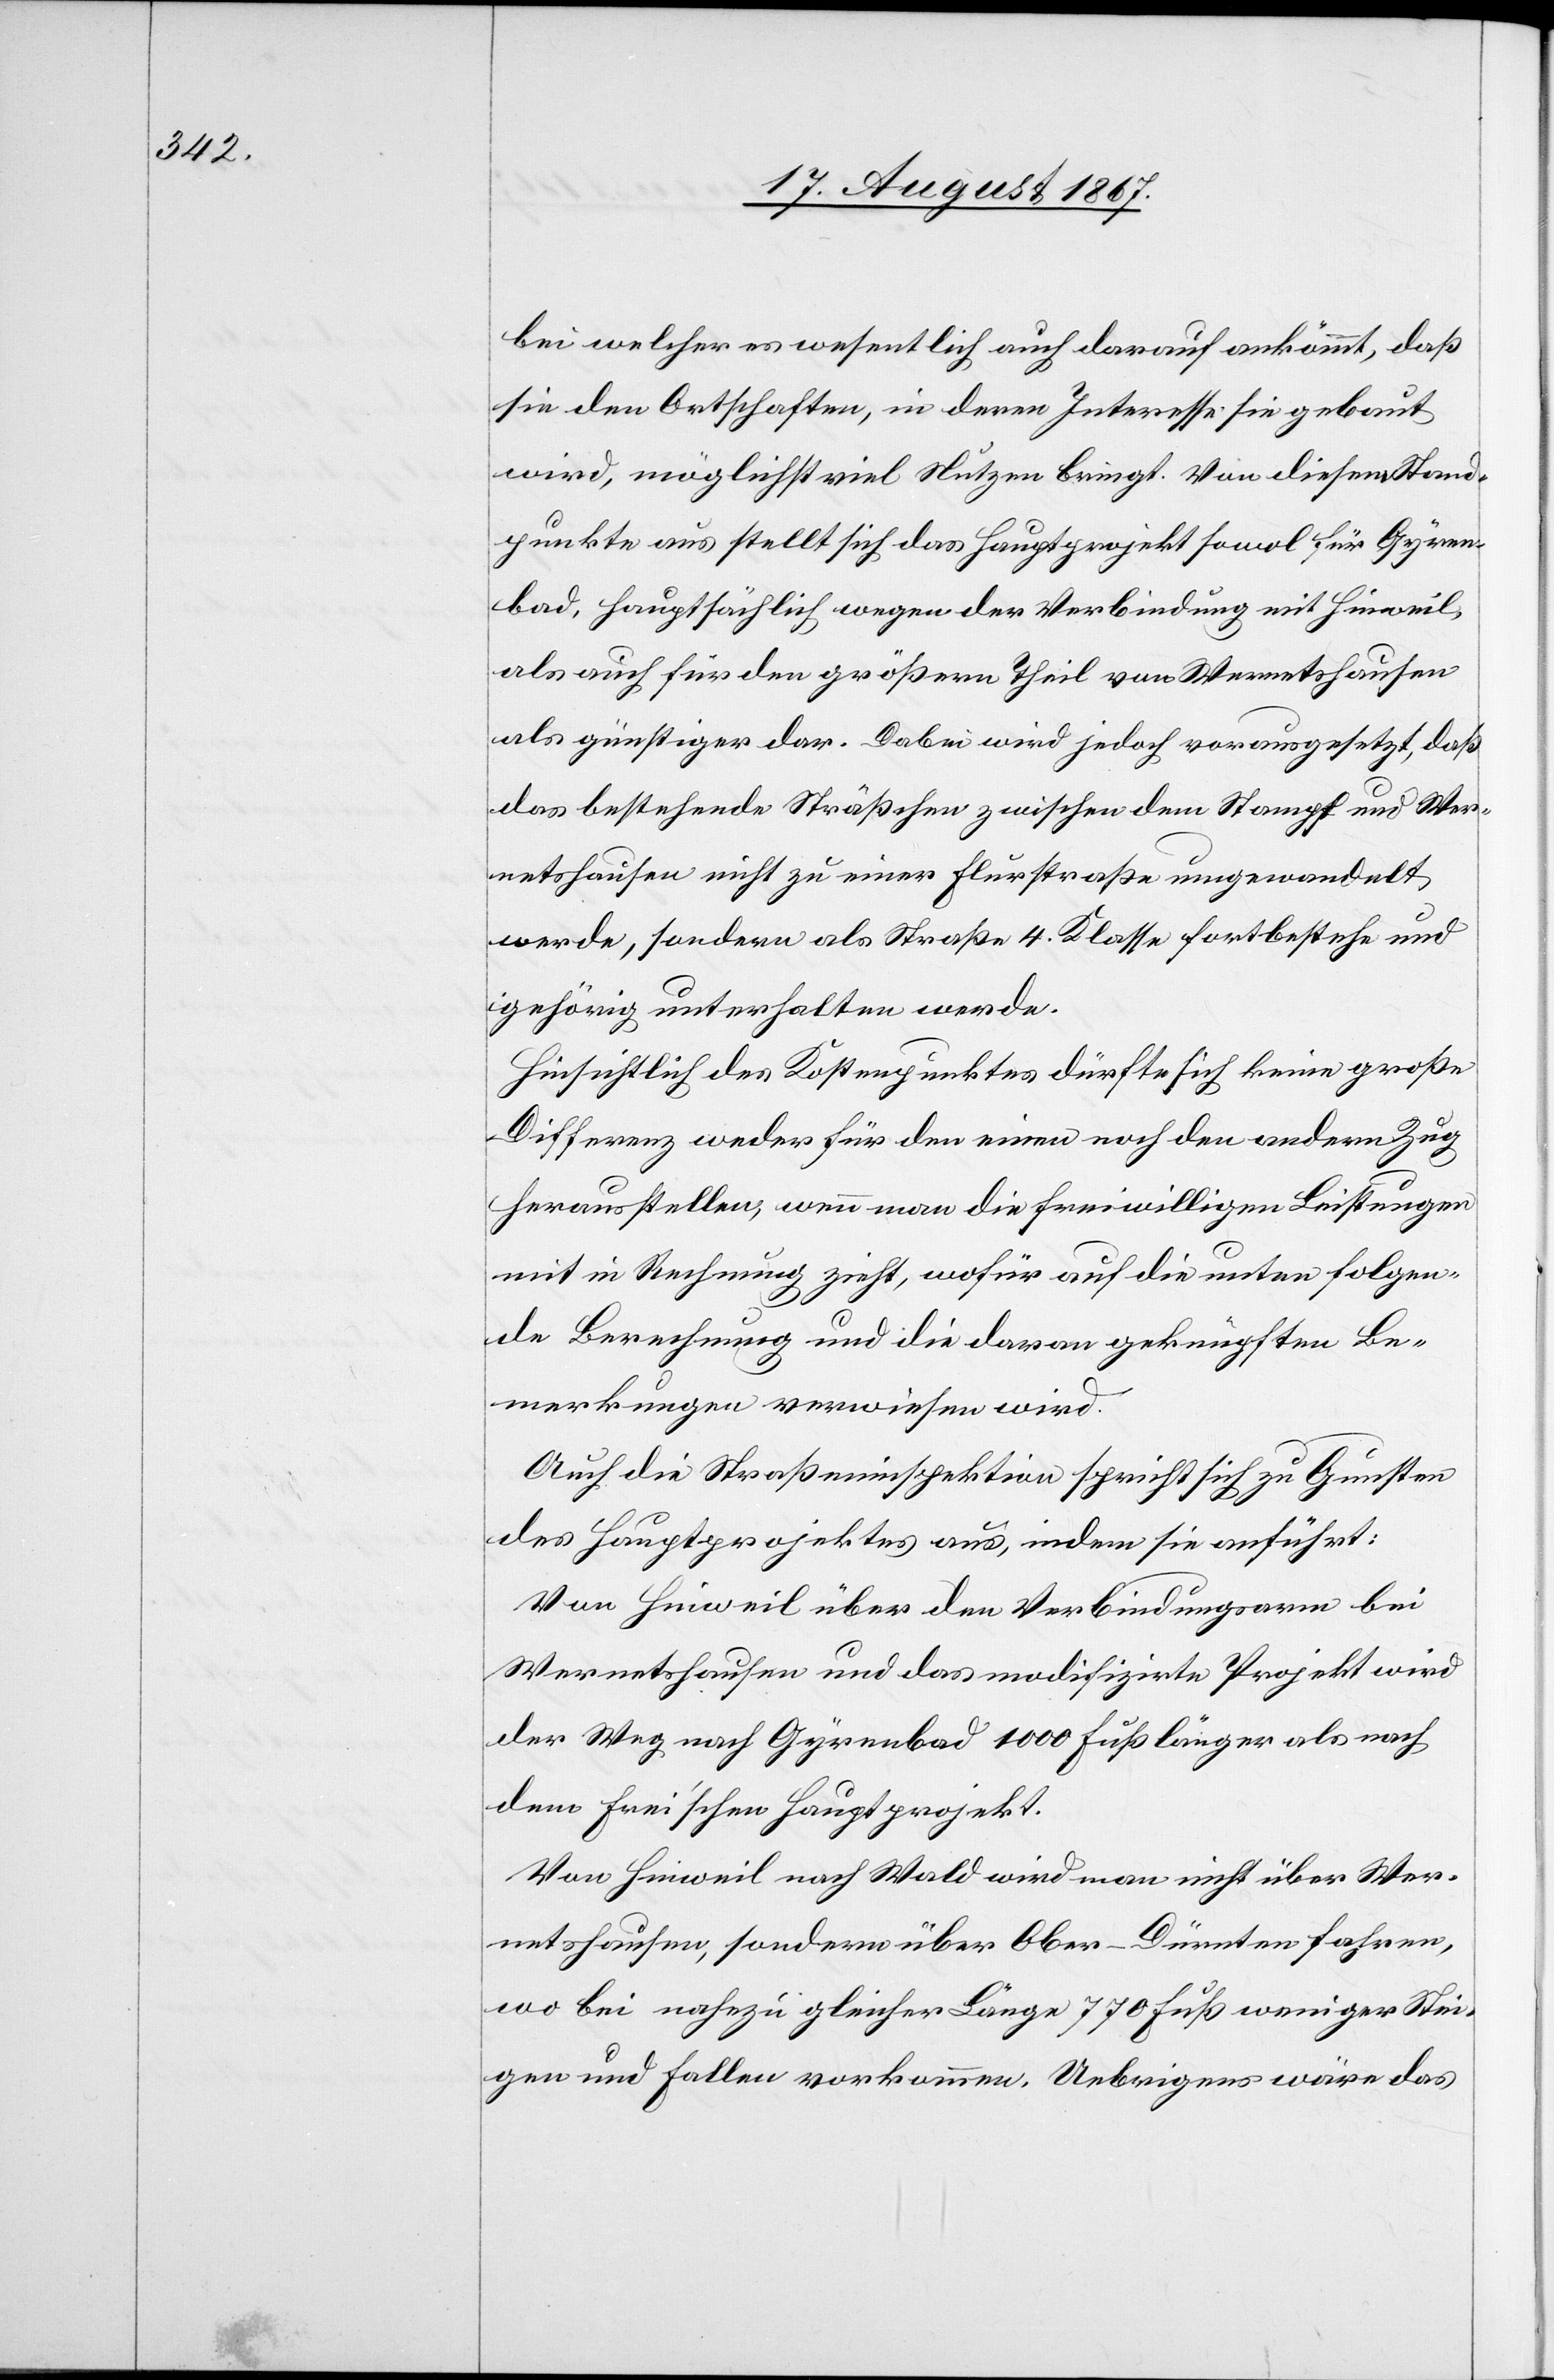
bei welcher es wesentlich auch darauf ankömmt, daß
sie den Ortschaften, in deren Interesse sie gebaut
wird, möglichst viel Nutzen bringt. Von diesem Stand¬
punkte aus stellt sich das Hauptprojekt sowol für Gyren¬
bad, hauptsächlich wegen der Verbindung mit Hinweil,
als auch für den größern Theil von Wernetshausen
als günstiger dar. Dabei wird jedoch vorausgesetzt, daß
das bestehende Sträßchen zwischen dem Stampf und Wer¬
netshausen nicht zu einer Flurstraße umgewandelt
werde, sondern als Straße 4. Klasse fortbestehe und
gehörig unterhalten werde.
Hinsichtlich des Kostenpunktes dürfte sich keine große
Differenz weder für den einen noch den andern Zug
herausstellen, wenn man die freiwilligen Leistungen
mit in Rechnung zieht, wofür auf die unten folgen¬
de Berechnung und daran geknüpften Be¬
merkungen verwiesen wird.
Auch die Straßeninspektion spricht sich zu Gunsten
des Hauptprojektes aus, indem sie anführt:
Von Hinweil über den Verbindungsraum bei
Wernetshausen und das modifizirte Projekt wird
der Weg nach Gyrenbad 1000 Fuß länger als nach
dem Frei’schen Hauptprojekt.
Von Hinweil nach Wald wird man nicht über Wer¬
netshausen, sondern über Ober-Dürnten fahren,
wo bei nahezu gleicher Länge 770 Fuß weniger Stei¬
gen und Fallen vorkommen. Uebrigens wäre das